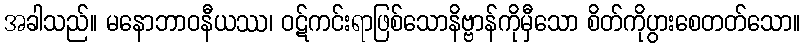
အခါသည်။ မနောဘာဝနီယဿ၊ ဝဋ်ကင်းရာဖြစ်သောနိဗ္ဗာန်ကိုမှီသော စိတ်ကိုပွားစေတတ်သော။